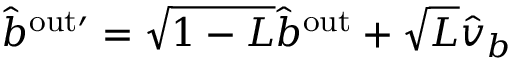
\hat { b } ^ { \mathrm { { o u t } \prime } } = \sqrt { 1 - L } \hat { b } ^ { \mathrm { { o u t } } } + \sqrt { L } \hat { v } _ { b }